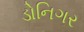
ડોનિગર